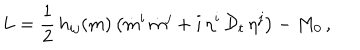
L = \frac { 1 } { 2 } \, h _ { i j } ( m ) \left( \dot { m } ^ { i } \, \dot { m } ^ { j } + i \, \eta ^ { i } \, { \cal D } _ { t } \, \eta ^ { j } \right) - M _ { 0 } \, ,